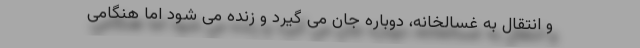
و انتقال به غسالخانه، دوباره جان می گیرد و زنده می شود اما هنگامی